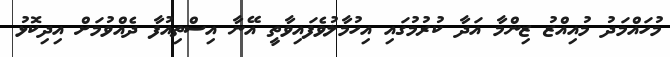
މުހައްމަދު މުއިއްޒު ޒިންމާ އަދާ ކުރުމުގައި އިހުމާލުވެފައިވާތީ އޭނާ އިސްތިއުފާ ދެއްވުމަށް އިދިކޮޅު